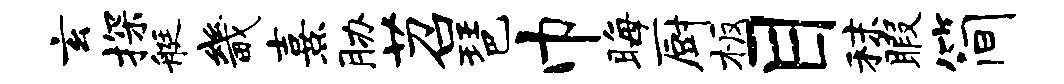
玄探艇畿熹胁苕琶巾晦厨板目秣暇简